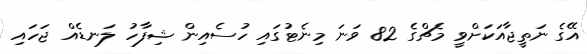
އޭގެ ނަތީޖާއަކަށްވީ މެޗްގެ 82 ވަނަ މިނެޓުގައި ހުސެއިން ޝިފާހު ލަނޑެއް ޖަހައި